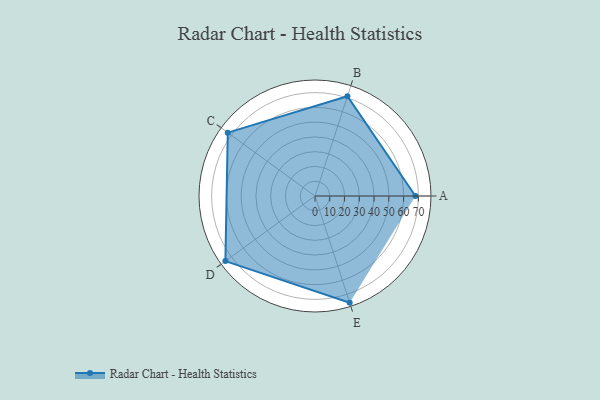
{"axis": {"x": "Skill", "y": "Score"}, "legend": ["Profile"], "data": [{"x": "A", "y": 68.0, "type": "Profile"}, {"x": "B", "y": 71.0, "type": "Profile"}, {"x": "C", "y": 73.0, "type": "Profile"}, {"x": "D", "y": 75.0, "type": "Profile"}, {"x": "E", "y": 76.0, "type": "Profile"}]}